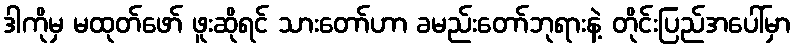
ဒါကိုမှ မထုတ်ဖော် ဖူးဆိုရင် သားတော်ဟာ ခမည်းတော်ဘုရားနဲ့ တိုင်းပြည်အပေါ်မှာ